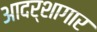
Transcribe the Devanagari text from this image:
आदर्शागार